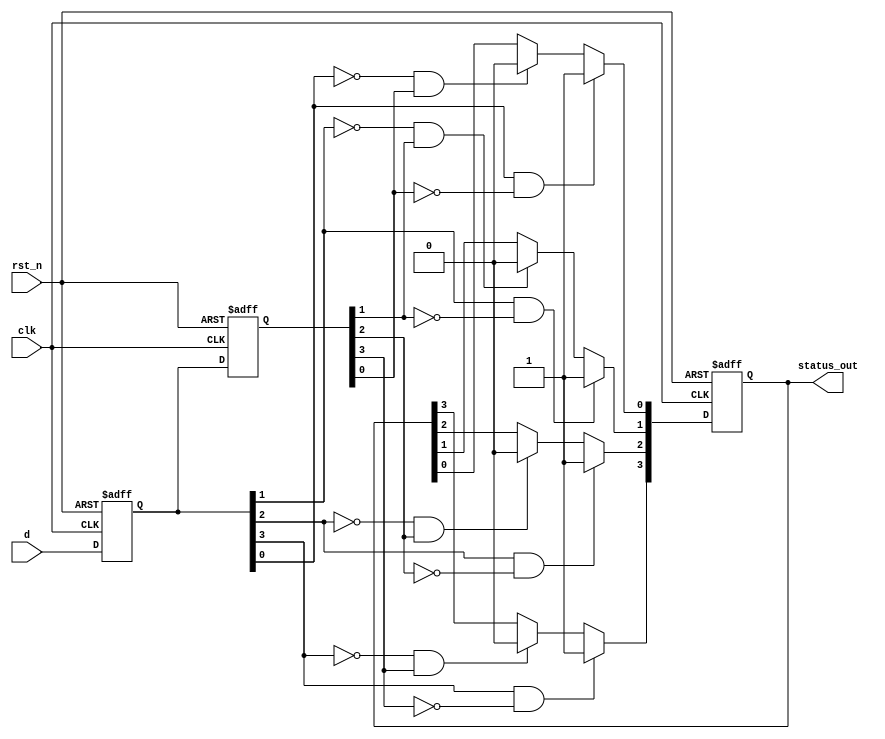
module FlipFlopDetector #(
    parameter NUM_BLOCKS = 4,   // Number of memory blocks
    parameter DEPTH = 8          // Depth of state storage for each block
)(
    input wire clk,              // Main clock signal
    input wire rst_n,            // Asynchronous reset (active low)
    input wire [NUM_BLOCKS-1:0] d,  // Data input for flip-flops
    output reg [NUM_BLOCKS-1:0] status_out // Status output for detected flip-flops
);

    // Memory blocks to hold the state of the flip-flops
    reg [DEPTH-1:0] mem_block [NUM_BLOCKS-1:0];
    reg [NUM_BLOCKS-1:0] ff_state; // State of the flip-flops

    // Edge detection logic
    reg [NUM_BLOCKS-1:0] ff_prev_state;

    integer i;

    // Asynchronous reset and state capture
    always @(posedge clk or negedge rst_n) begin
        if (!rst_n) begin
            // Initialize states and memory blocks on reset
            for (i = 0; i < NUM_BLOCKS; i = i + 1) begin
                mem_block[i] <= 0;
                ff_state[i] <= 0;
            end
            status_out <= 0;
            ff_prev_state <= 0;
        end else begin
            // Capture flip-flop states on rising edge of clock
            for (i = 0; i < NUM_BLOCKS; i = i + 1) begin
                // Store the previous state
                ff_prev_state[i] <= ff_state[i];
                // Update the flip-flop state
                ff_state[i] <= d[i];

                // Store the state in the corresponding memory block
                mem_block[i] <= {mem_block[i][DEPTH-2:0], ff_state[i]};
            end
            
            // Update status output based on edge detection
            for (i = 0; i < NUM_BLOCKS; i = i + 1) begin
                // Detect rising edge
                if (ff_state[i] && !ff_prev_state[i]) begin
                    status_out[i] <= 1; // Indicate a rising edge detected
                end
                // Detect falling edge
                else if (!ff_state[i] && ff_prev_state[i]) begin
                    status_out[i] <= 0; // Indicate a falling edge detected
                end
            end
        end
    end

endmodule